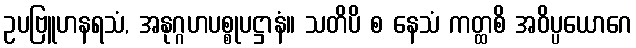
ဥပဗြူဟနရသံ, အနုဂ္ဂဟပစ္စုပဋ္ဌာနံ။ သတိပိ စ နေသံ ကတ္ထစိ အဝိပ္ပယောဂေ